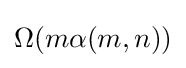
\Omega (m\alpha (m,n))